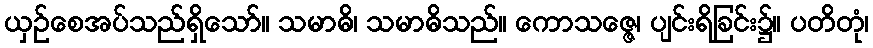
ယှဉ်စေအပ်သည်ရှိသော်။ သမာဓိ၊ သမာဓိသည်။ ကောသဇ္ဇေ၊ ပျင်းရိခြင်း၌။ ပတိတုံ၊